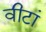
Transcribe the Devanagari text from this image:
वीटां